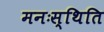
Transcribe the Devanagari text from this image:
मनःस्‍थिति